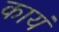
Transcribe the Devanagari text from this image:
कायं